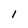
Character: 1